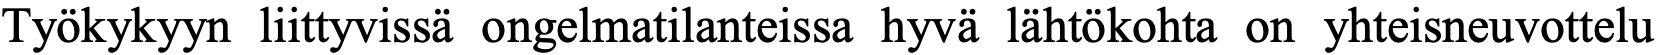
Työkykyyn liittyvissä ongelmatilanteissa hyvä lähtökohta on yhteisneuvottelu